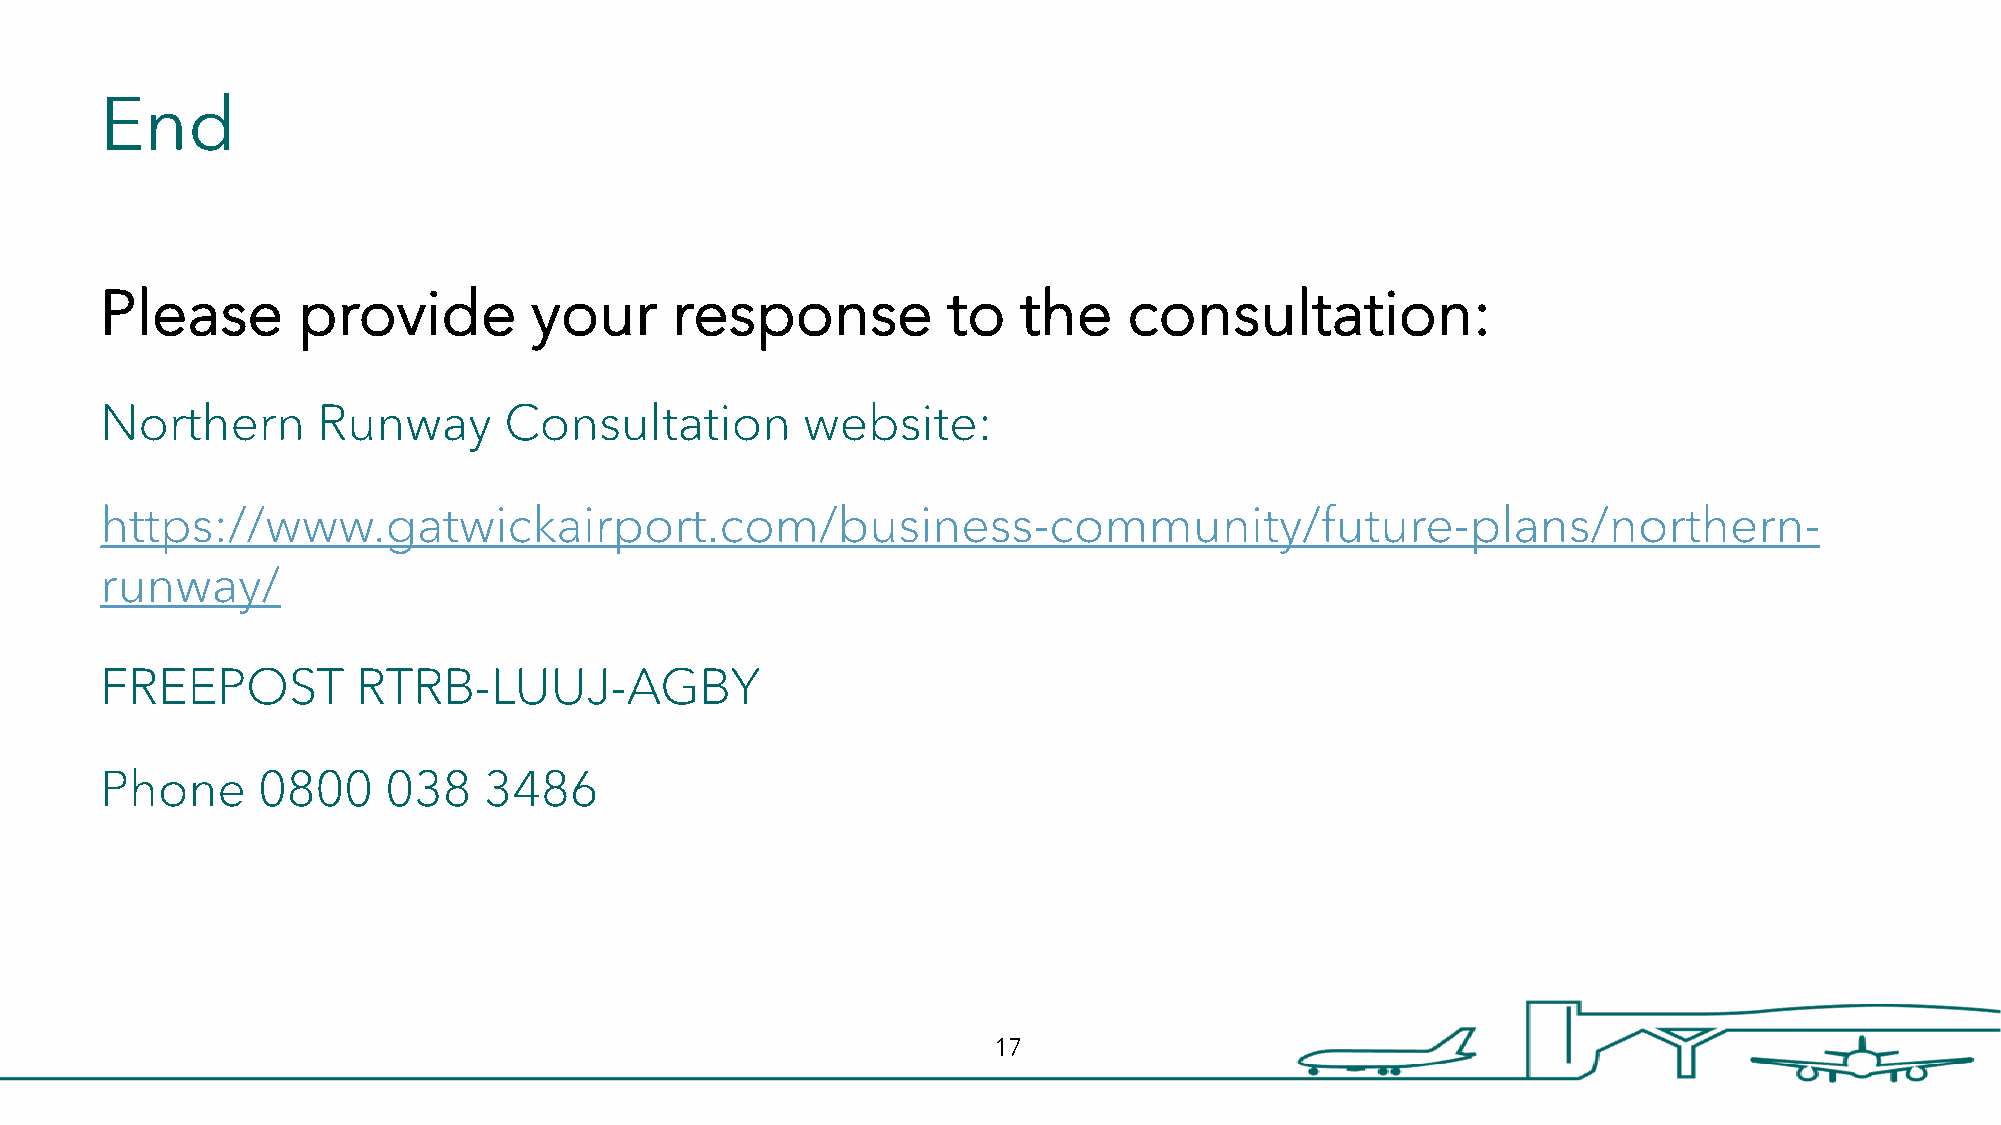
End
 Please       provide        your     response           to   the    consultation:
 Northern      Runway      Consultation        website:
 https://www.gatwickairport.com/business-community/future-plans/northern-
 runway/
 FREEPOST         RTRB-LUUJ-AGBY
 Phone     0800    038    3486
 17